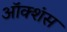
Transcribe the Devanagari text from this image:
ऑक्शंस